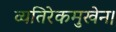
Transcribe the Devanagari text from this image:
व्यतिरेकमुखेन।